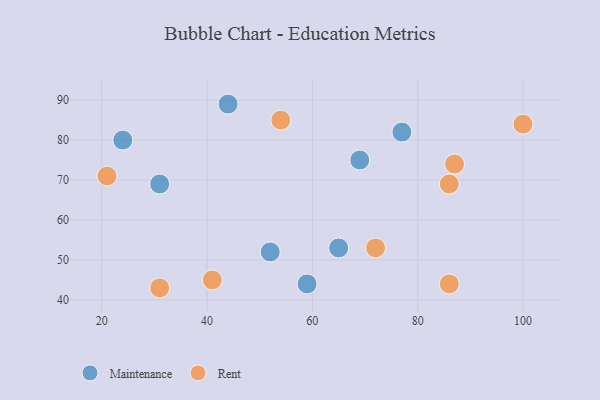
{"axis": {"x": "GDP", "y": "Life Expectancy"}, "legend": ["Maintenance", "Rent"], "data": [{"x": "24", "y": 80, "type": "Maintenance"}, {"x": "65", "y": 53, "type": "Maintenance"}, {"x": "69", "y": 75, "type": "Maintenance"}, {"x": "44", "y": 89, "type": "Maintenance"}, {"x": "52", "y": 52, "type": "Maintenance"}, {"x": "59", "y": 44, "type": "Maintenance"}, {"x": "77", "y": 82, "type": "Maintenance"}, {"x": "31", "y": 69, "type": "Maintenance"}, {"x": "100", "y": 84, "type": "Rent"}, {"x": "54", "y": 85, "type": "Rent"}, {"x": "86", "y": 44, "type": "Rent"}, {"x": "21", "y": 71, "type": "Rent"}, {"x": "87", "y": 74, "type": "Rent"}, {"x": "41", "y": 45, "type": "Rent"}, {"x": "72", "y": 53, "type": "Rent"}, {"x": "86", "y": 69, "type": "Rent"}, {"x": "31", "y": 43, "type": "Rent"}]}